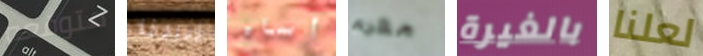
متوقعه إيرينا أساء مغرم بالغيرة لعلنا